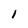
Character: l